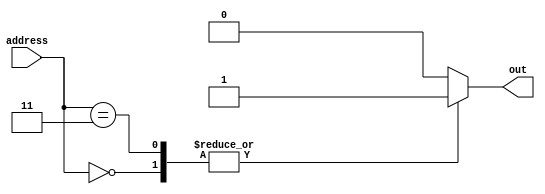
module dont_care_case_statement (
    input wire [3:0] address,
    output reg out
);

always @(*) begin
    case (address)
        4'b0000: out = 1;
        4'b0010: out = 0;
        4'b0011: out = 1;
        4'b1???: out = 0; // Don't care case statement
        default: out = 0;
    endcase
end

endmodule